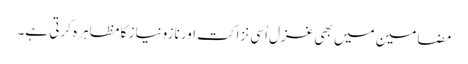
مضامین میں بھی غزل اُسی نزاکت اور نازونیاز کا مظاہرہ کرتی ہے۔